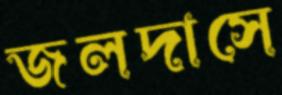
জলদাসে